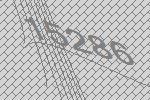
15286